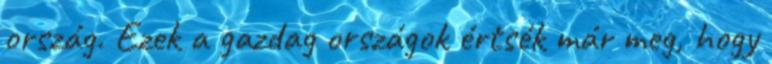
ország. Ezek a gazdag országok értsék már meg, hogy